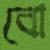
বো